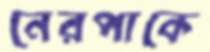
নেরপাকে